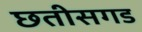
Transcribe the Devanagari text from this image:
छतीसगड